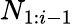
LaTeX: N_{1:i-1}